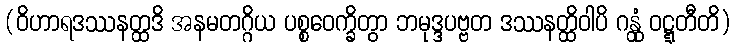
(ဝိဟာရဒဿနတ္ထဒိ အနမတဂ္ဂိယ ပစ္စဝေက္ခိတွာ ဘမုဒ္ဒပဗ္ဗတ ဒဿနတ္ထိဝါပိ ဂန္တုံ ဝဋ္ဋတီတိ)